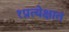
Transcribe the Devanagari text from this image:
१प्रत्येक्षात